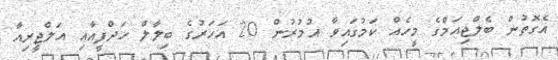
އެގޮތުން ބެލްޖިއަމްގެ މީހެއް ކަމުގައިވާ އުމުރުން 20 އަހަރުގެ ބިލާލް ހަދްފީއާއި އަލްޖީރިއާ